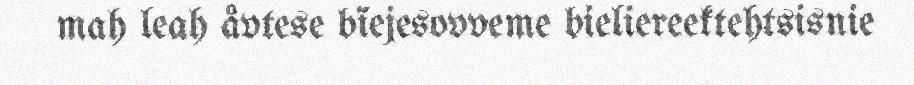
mah leah åvtese bïejesovveme bieliereektehtsisnie